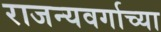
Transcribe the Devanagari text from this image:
राजन्यवर्गाच्या